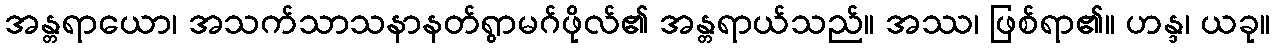
အန္တရာယော၊ အသက်သာသနာနတ်ရွာမဂ်ဖိုလ်၏ အန္တရာယ်သည်။ အဿ၊ ဖြစ်ရာ၏။ ဟန္ဒ၊ ယခု။